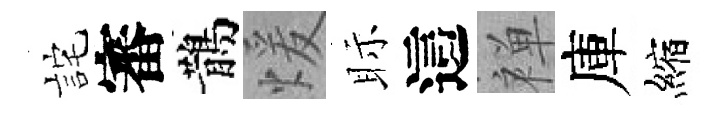
詫審鵲煖眎這禅庫縮